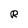
Character: R